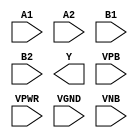
module sky130_fd_sc_hd__a22oi (
    //# {{data|Data Signals}}
    input  A1  ,
    input  A2  ,
    input  B1  ,
    input  B2  ,
    output Y   ,

    //# {{power|Power}}
    input  VPB ,
    input  VPWR,
    input  VGND,
    input  VNB
);
endmodule